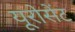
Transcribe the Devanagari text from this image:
यूरोसेंट